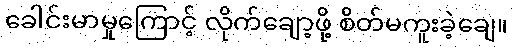
ခေါင်းမာမှုကြောင့် လိုက်ချော့ဖို့ စိတ်မကူးခဲ့ချေ။